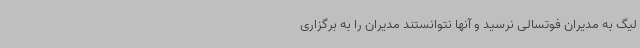
لیگ به مدیران فوتسالی نرسید و آنها نتوانستند مدیران را به برگزاری